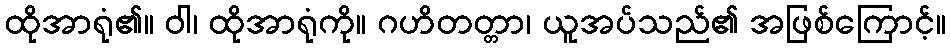
ထိုအာရုံ၏။ ဝါ၊ ထိုအာရုံကို။ ဂဟိတတ္တာ၊ ယူအပ်သည်၏ အဖြစ်ကြောင့်။